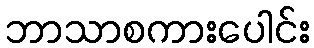
ဘာသာစကားပေါင်း